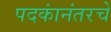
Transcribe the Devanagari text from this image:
पदकांनंतरचे